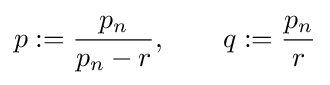
p:={\frac {p_{n}}{p_{n}-r}},\qquad q:={\frac {p_{n}}{r}}